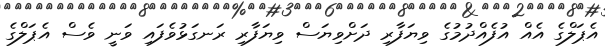
އެޕަލްގެ އެއް އުފެއްދުމުގެ ވިޔަފާރި ދަށްވިޔަސް ވިޔަފާރި ރަނގަޅުވެފައި ވަނީ ވެސް އެޕަލްގެ